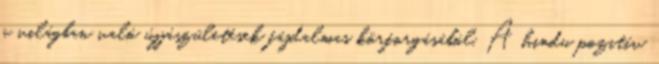
a világban való újjászületések fájdalmas körforgásából. A hindu pozitív